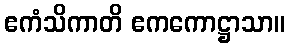
ဧကံသိကာတိ ဧကကောဋ္ဌာသာ။